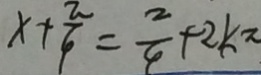
x + \frac { \pi } { 4 } = \frac { 2 } { 4 } + 2 k \pi